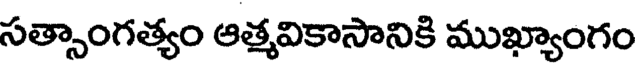
సత్సాంగత్యం ఆత్మవికాసానికి ముఖ్యాంగం